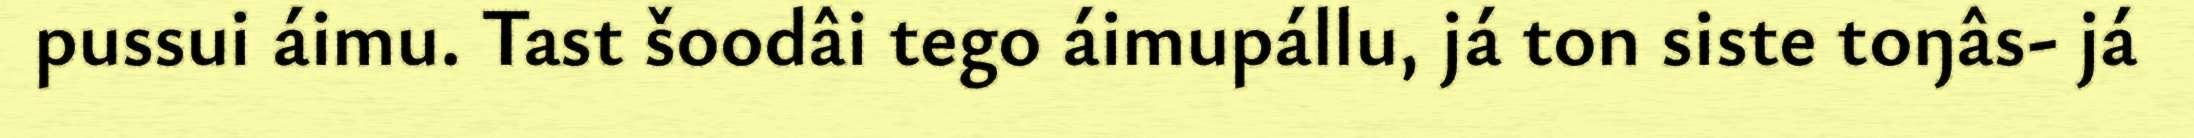
pussui áimu. Tast šoodâi tego áimupállu, já ton siste toŋâs- já